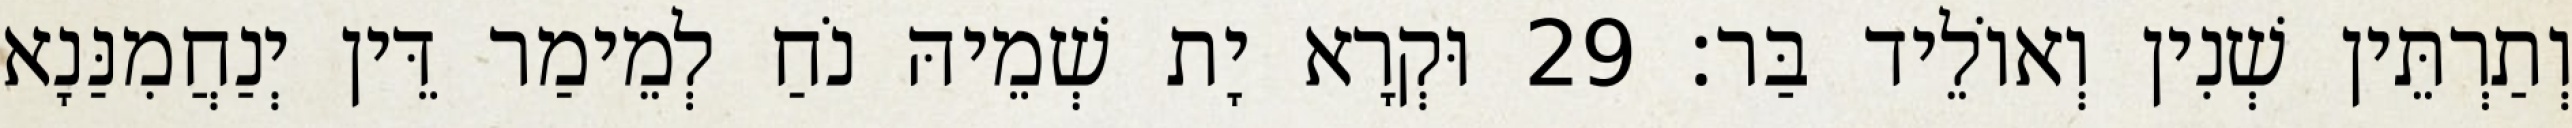
וְתַרְתֵּין שְׁנִין וְאוֹלֵיד בַּר׃ 29 וּקְרָא יָת שְׁמֵיהּ נֹחַ לְמֵימַר דֵּין יְנַחֲמִנַּנָא